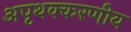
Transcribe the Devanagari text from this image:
अपृथक्करणीय